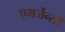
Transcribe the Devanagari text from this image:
एमर्जेन्सी